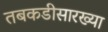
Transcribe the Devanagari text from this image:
तबकडीसारख्या